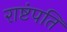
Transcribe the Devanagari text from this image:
राष्टंपति